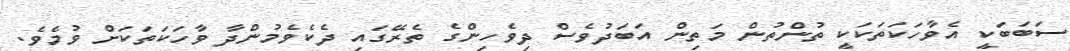
ސަބަބަކީ އެވާހަކަތަކަކީ ތުންތުން މަތިން އަބަދުވެސް ދިވެހިންގެ ތެރޭގައި ދެކެވެމުންދާ ވާހަކަތަކަށް ވުމެވެ.